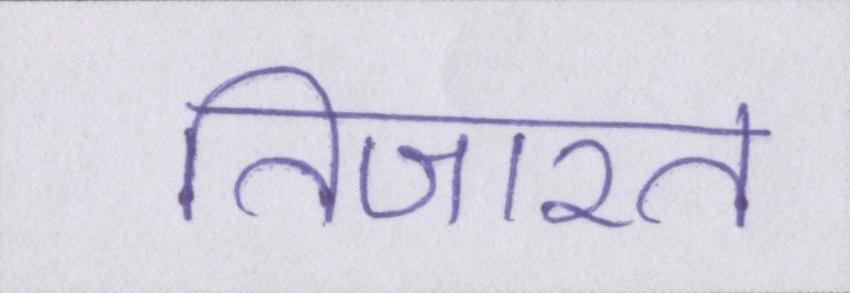
तिजारत